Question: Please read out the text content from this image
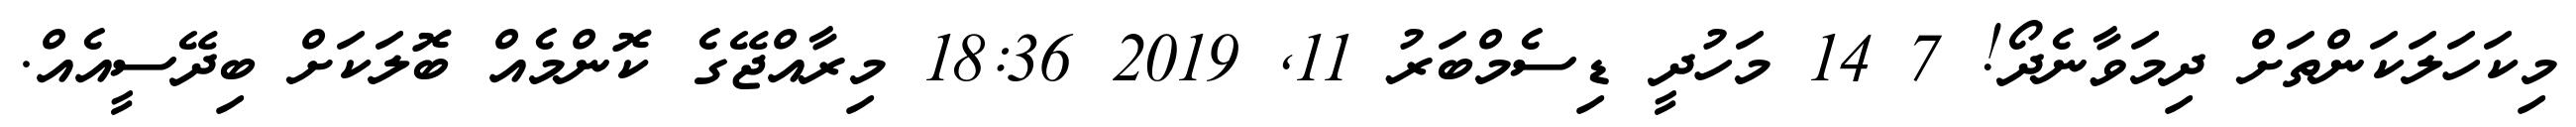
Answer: މިކަހަލަކަންތަށް ދިމަވާނެދޯ! 7 14 މަހުދީ ޑިސެމްބަރު 11, 2019 18:36 މިރާއްޖޭގެ ކޮންމެއް ބޮލަކަށް ބިދޭސީއެއް.